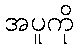
အပူကို